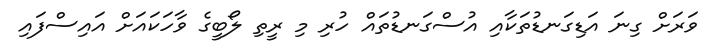
ވަރަށް ގިނަ އަޑިގަނޑުތަކާއި އުސްގަނޑުތައް ހުރި މި ރީތި ލޯބީގެ ވާހަކައަށް އައިސްފައި